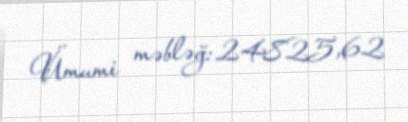
Ümumi məbləğ: 24825,62